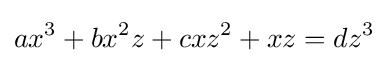
ax^{3}+bx^{2}z+cxz^{2}+xz=dz^{3}